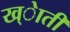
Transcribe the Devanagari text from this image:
ख्ेाती